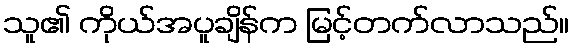
သူ၏ ကိုယ်အပူချိန်က မြင့်တက်လာသည်။